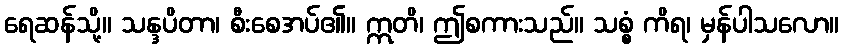
ရေဆန်သို့။ သန္ဒပိတာ၊ စီးစေအပ်၏။ ဣတိ၊ ဤစကားသည်။ သစ္စံ ကိရ၊ မှန်ပါသလော။